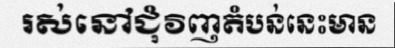
រស់នៅជុំវិញតំបន់នេះមាន